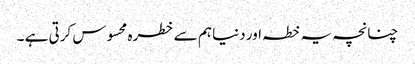
چنانچہ یہ خطہ اور دنیا ہم سے خطرہ محسوس کرتی ہے ۔